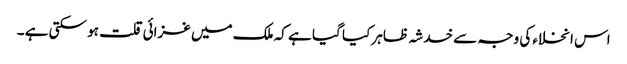
اس انخلاء کی وجہ سے خدشہ ظاہر کیا گیا ہے کہ ملک میں غزائی قلت ہو سکتی ہے ۔